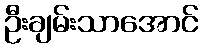
ဦးချမ်းသာအောင်